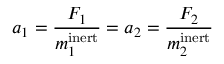
a _ { 1 } = { \frac { F _ { 1 } } { m _ { 1 } ^ { \mathrm { i n e r t } } } } = a _ { 2 } = { \frac { F _ { 2 } } { m _ { 2 } ^ { \mathrm { i n e r t } } } }